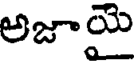
అజాయై